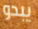
يبدو